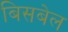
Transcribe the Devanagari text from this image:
बिसबेल